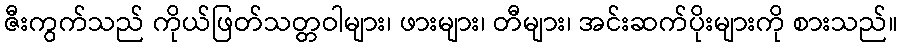
ဇီးကွက်သည် ကိုယ်ဖြတ်သတ္တဝါများ၊ ဖားများ၊ တီများ၊ အင်းဆက်ပိုးများကို စားသည်။